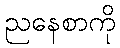
ညနေစာကို